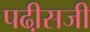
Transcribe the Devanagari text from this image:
पढी़सजी